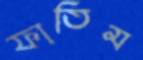
ফাতিম